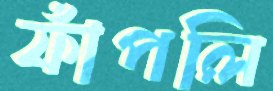
ফাঁপলি